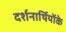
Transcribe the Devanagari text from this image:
दर्शनार्थियोंके